Lunatic asylums Madras 1892-1911 - 1892-1911
Year: 1892
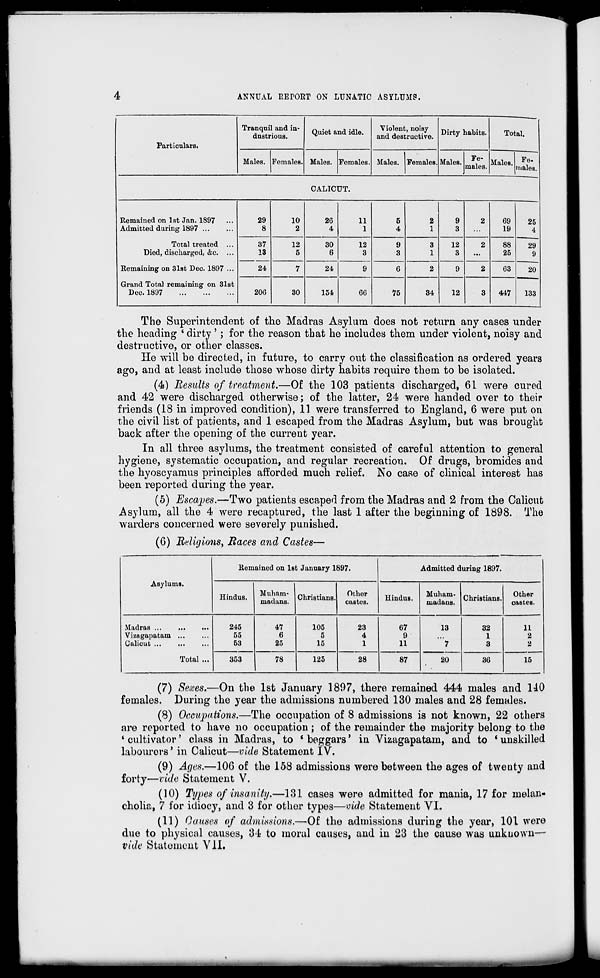
4
ANNUAL REPORT ON LUNATIC ASYLUMS.
Particulars.
Tranqnil and in-
dustrious.
Quiet and idle.
Violent, noisy
and destructive. Dirty habits.
Total.
Males. Females. Males. Females. Males. Females. Males.
Fe-
males. Males. Fe.
uiales.
CALICUT.
Remained on 1st Jan. 1897
Admitted during 1897
Total treated ...
Died, discharged, &c. ...
Remaining on 31st Dec. 1897 ...
Grand Total remaining on 31st
Dec. 1897
29
8
10
2
26
4
11
1
5
4
2
1
9
3
2
69
19
25
4
37
13
12
5
30
6
12
3
9
3
3
1
12
3
2
88
25
29
9
24
7
24
9
6
2
9
2
63
20
20G
30
154
66
75
34
12
3
447
133
The Superintendent of the Madras Asylum does not return any cases under
the heading ' dirty ' ; for the reason that he includes them under violent, noisy and
destructive, or other classes.
He will be directed, in future, to carry out the classification as ordered years
ago, and at least include those whose dirty habits require them to be isolated.
(4) Results of treatment.—Of the 103 patients discharged, 61 were cured
and 42 were discharged otherwise; of the latter, 24 were handed over to their
friends (18 in improved condition), 11 were transferred to England, 6 were put on
the civil list of patients, and 1 escaped from the Madras Asylum, but was brought
back after the opening of the current year.
In all three asylums, the treatment consisted of careful attention to general
hygiene, systematic occupation, and regular recreation. Of drugs, bromides and
the hyoscyamus principles afforded much relief. No case of clinical interest has
been reported during the year.
(5) Escapes.—Two patients escaped from the Madras and 2 from the Calicut
Asylum, all the 4 were recaptured, the last 1 after the beginning of 1898. The
warders concerned were severely punished.
(6) Rdigions, Races and Castes—
Asylums.
Remained on 1st January 1897.
Admitted during 1897.
Hindus.
Muham-
mactans. Christians.
Other
castes.
Hindus.
Muham-
madaus.
Christians.
Other
castes.
Madras ...
Vizagapatam ...
Calicut
Total ...
245
55
53
47
6
25
105
5
15
23
4
1
67
9
11
13
'"7
32
1
3
11
2
2
353
78
125
28
87
20
36
15
(7) Sexes.—On the 1st January 1897, there remained 444 males and HO
females. During the year the admissions numbered 130 males and 28 females.
(8) Occupations.—The occupation of 8 admissions is not known, 22 others
are reported to have no occupation ; of the remainder the majority belong to the
* cultivator' class in Madras, to * beggars' in Vizagapatam, and to * unskilled
labourers' in Calicut—vide Statement IV.
(9) Ages.—106 of the 158 admissions were between the ages of twenty and
forty—vide Statement V.
(10) Types of'insanity.—131 cases were admitted for mania, 17 for melan-
cholia, 7 for idiocy, and 3 for other types—vide Statement VI.
(11) Causes of admissions.—Of the admissions during the year, 101 were
due to physical causes, 34 to moral causes, and in 23 the cause was unknown—-
vide Statement VII.